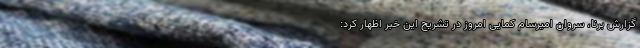
گزارش برنا، سروان امیرسام کمایی امروز در تشریح این خبر اظهار کرد: